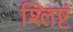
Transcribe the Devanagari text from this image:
श्लिष्टं